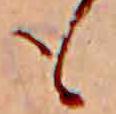
も